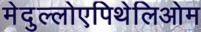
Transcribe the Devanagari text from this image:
मेदुल्लोएपिथेलिओम